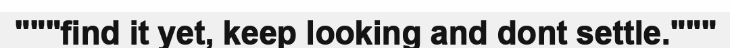
"""find it yet, keep looking and dont settle."""